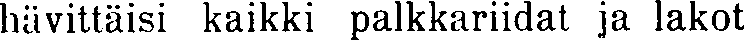
hävittäisi kaikki palkkariidat ja lakot